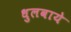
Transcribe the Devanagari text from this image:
धुलवाये